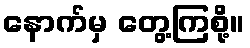
နောက်မှ တွေ့ကြစို့။